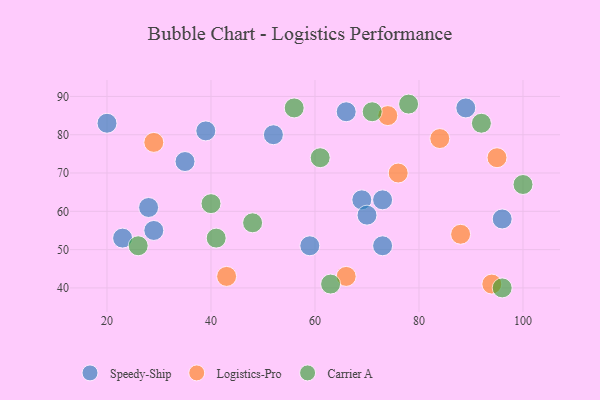
{"axis": {"x": "GDP", "y": "Life Expectancy"}, "legend": ["Carrier A", "Logistics-Pro", "Speedy-Ship"], "data": [{"x": "59", "y": 51, "type": "Speedy-Ship"}, {"x": "20", "y": 83, "type": "Speedy-Ship"}, {"x": "73", "y": 51, "type": "Speedy-Ship"}, {"x": "73", "y": 63, "type": "Speedy-Ship"}, {"x": "39", "y": 81, "type": "Speedy-Ship"}, {"x": "28", "y": 61, "type": "Speedy-Ship"}, {"x": "69", "y": 63, "type": "Speedy-Ship"}, {"x": "70", "y": 59, "type": "Speedy-Ship"}, {"x": "23", "y": 53, "type": "Speedy-Ship"}, {"x": "66", "y": 86, "type": "Speedy-Ship"}, {"x": "52", "y": 80, "type": "Speedy-Ship"}, {"x": "89", "y": 87, "type": "Speedy-Ship"}, {"x": "29", "y": 55, "type": "Speedy-Ship"}, {"x": "35", "y": 73, "type": "Speedy-Ship"}, {"x": "96", "y": 58, "type": "Speedy-Ship"}, {"x": "95", "y": 74, "type": "Logistics-Pro"}, {"x": "74", "y": 85, "type": "Logistics-Pro"}, {"x": "43", "y": 43, "type": "Logistics-Pro"}, {"x": "94", "y": 41, "type": "Logistics-Pro"}, {"x": "29", "y": 78, "type": "Logistics-Pro"}, {"x": "76", "y": 70, "type": "Logistics-Pro"}, {"x": "88", "y": 54, "type": "Logistics-Pro"}, {"x": "84", "y": 79, "type": "Logistics-Pro"}, {"x": "66", "y": 43, "type": "Logistics-Pro"}, {"x": "96", "y": 40, "type": "Carrier A"}, {"x": "71", "y": 86, "type": "Carrier A"}, {"x": "26", "y": 51, "type": "Carrier A"}, {"x": "78", "y": 88, "type": "Carrier A"}, {"x": "48", "y": 57, "type": "Carrier A"}, {"x": "100", "y": 67, "type": "Carrier A"}, {"x": "61", "y": 74, "type": "Carrier A"}, {"x": "56", "y": 87, "type": "Carrier A"}, {"x": "92", "y": 83, "type": "Carrier A"}, {"x": "40", "y": 62, "type": "Carrier A"}, {"x": "63", "y": 41, "type": "Carrier A"}, {"x": "41", "y": 53, "type": "Carrier A"}]}